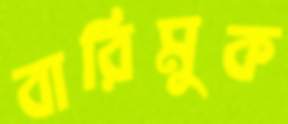
বারিমুক